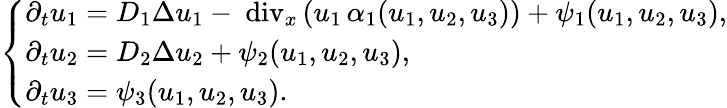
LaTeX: \left\{ \begin{array}{l}{\partial_{t}u_{1}=D_{1}\Delta u_{1}-\mathrm{\mathrm{~div}}_{x}\, (u_{1}\, \alpha_{1}(u_{1},u_{2},u_{3}))+\psi_{1}(u_{1},u_{2},u_{3}),}\\ {\partial_{t}u_{2}=D_{2}\Delta u_{2}+\psi_{2}(u_{1},u_{2},u_{3}),}\\ {\partial_{t}u_{3}=\psi_{3}(u_{1},u_{2},u_{3}).}\end{array}\right.